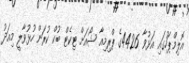
އޮލިމްޕަހުގައި އަޅުވާ 4426ގެ ޕްރިމިއާ ޝޯއަށް ޓިކެޓް ބުކް ކުރަން ހުޅުވާލީ މިއަދު